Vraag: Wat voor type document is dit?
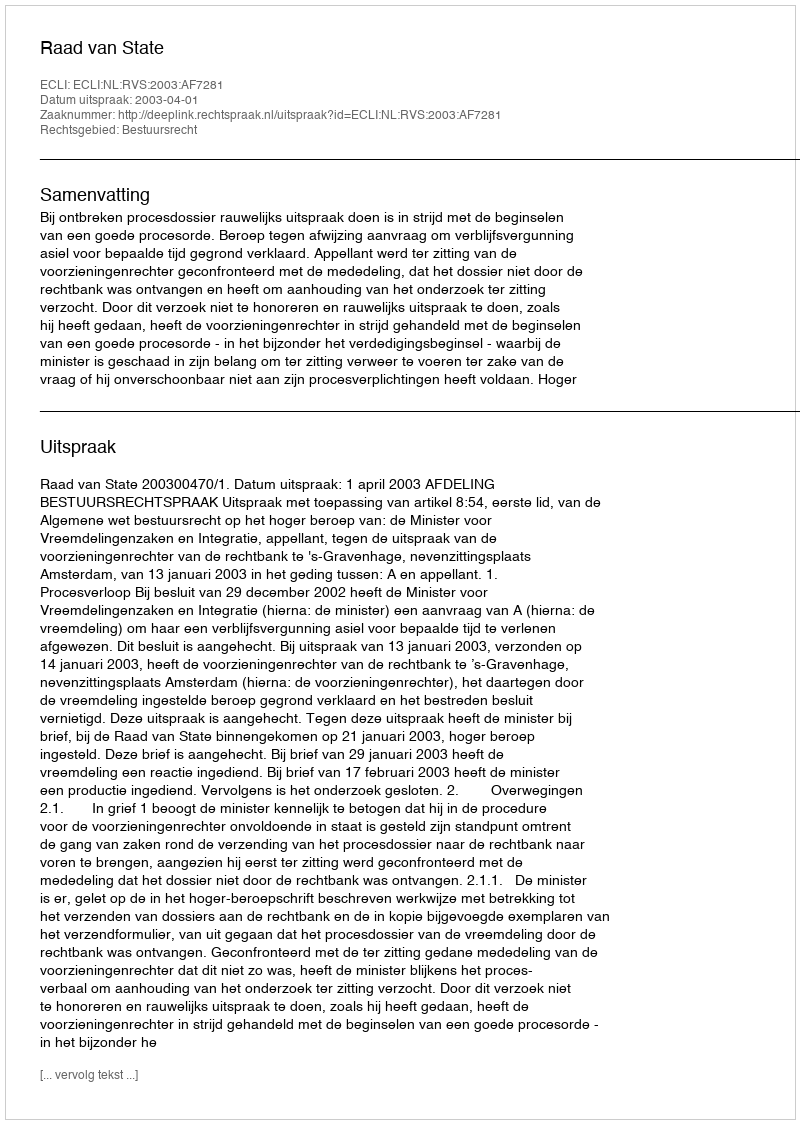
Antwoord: Uitspraak